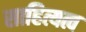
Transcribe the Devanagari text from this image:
साहित्यत्व